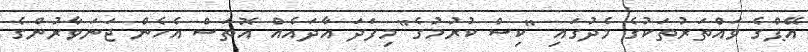
އޭޕްގެ ވައްތަރުތަކުގެ މެދުގައި "ކިސް ކުރުމުގެ" މިފަދަ އާދައެއް އޮތަސް އެހެން ޖަނަވާރުންގެ